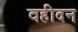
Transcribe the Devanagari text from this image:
वहीदन